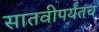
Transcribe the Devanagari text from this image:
सातवीपर्यंतच